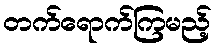
တက်ရောက်ကြမည့်